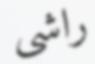
راشی